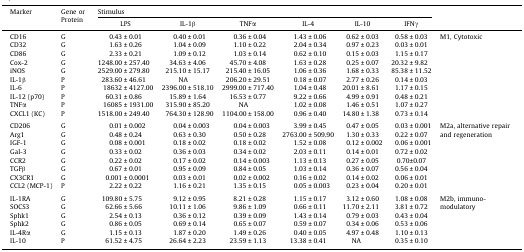
<table><thead><tr><td rowspan="2"><b>Marker</b></td><td rowspan="2"><b>Gene or Protein</b></td><td colspan="6"><b>Stimulus</b></td><td rowspan="2"></td></tr><tr><td><b>LPS</b></td><td><b>IL-1β</b></td><td><b>TNFα</b></td><td><b>IL-4</b></td><td><b>IL-10</b></td><td><b>IFNγ</b></td></tr></thead><tbody><tr><td>CD16</td><td>G</td><td>0.43 ± 0.01</td><td>0.40 ± 0.01</td><td>0.36 ± 0.04</td><td>1.43 ± 0.06</td><td>0.62 ± 0.03</td><td>0.58 ± 0.03</td><td rowspan="10">M1, Cytotoxic</td></tr><tr><td>CD32</td><td>G</td><td>1.63 ± 0.26</td><td>1.04 ± 0.09</td><td>1.10 ± 0.22</td><td>2.04 ± 0.34</td><td>0.97 ± 0.23</td><td>0.03 ± 0.01</td></tr><tr><td>CD86</td><td>G</td><td>2.33 ± 0.21</td><td>1.09 ± 0.12</td><td>1.03 ± 0.14</td><td>0.62 ± 0.10</td><td>0.15 ± 0.03</td><td>1.15 ± 0.17</td></tr><tr><td>Cox-2</td><td>G</td><td>1248.00 ± 257.40</td><td>34.63 ± 4.06</td><td>45.70 ± 4.08</td><td>1.63 ± 0.28</td><td>0.25 ± 0.07</td><td>20.32 ± 9.82</td></tr><tr><td>iNOS</td><td>G</td><td>2529.00 ± 279.80</td><td>215.10 ± 15.17</td><td>215.40 ± 16.05</td><td>1.06 ± 0.36</td><td>1.68 ± 0.33</td><td>85.38 ± 11.52</td></tr><tr><td>IL-1β</td><td>P</td><td>283.60 ± 46.61</td><td>NA</td><td>206.20 ± 29.51</td><td>0.18 ± 0.07</td><td>2.77 ± 0.26</td><td>0.14 ± 0.03</td></tr><tr><td>IL-6</td><td>P</td><td>18632 ± 4127.00</td><td>2396.00 ± 518.10</td><td>2999.00 ± 717.40</td><td>1.04 ± 0.48</td><td>20.01 ± 8.61</td><td>1.17 ± 0.15</td></tr><tr><td>IL-12 (p70)</td><td>P</td><td>60.31 ± 0.86</td><td>15.89 ± 1.64</td><td>16.53 ± 0.77</td><td>9.22 ± 0.66</td><td>4.99 ± 0.91</td><td>0.48 ± 0.21</td></tr><tr><td>TNFα</td><td>P</td><td>16085 ± 1931.00</td><td>315.90 ± 85.20</td><td>NA</td><td>1.02 ± 0.08</td><td>1.46 ± 0.51</td><td>1.07 ± 0.27</td></tr><tr><td>CXCL1 (KC)</td><td>P</td><td>1518.00 ± 249.40</td><td>764.30 ± 128.90</td><td>1104.00 ± 158.00</td><td>0.96 ± 0.40</td><td>14.80 ± 1.38</td><td>0.73 ± 0.14</td></tr><tr><td colspan="9">  </td></tr><tr><td>CD206</td><td>G</td><td>0.01 ± 0.002</td><td>0.04 ± 0.003</td><td>0.04 ± 0.003</td><td>3.99 ± 0.45</td><td>0.47 ± 0.05</td><td>0.03 ± 0.001</td><td rowspan="8">M2a, alternative repair and regeneration</td></tr><tr><td>Arg1</td><td>G</td><td>0.48 ± 0.24</td><td>0.63 ± 0.30</td><td>0.50 ± 0.28</td><td>2763.00 ± 509.90</td><td>1.30 ± 0.33</td><td>0.22 ± 0.07</td></tr><tr><td>IGF-1</td><td>G</td><td>0.08 ± 0.001</td><td>0.18 ± 0.02</td><td>0.18 ± 0.02</td><td>1.52 ± 0.08</td><td>0.12 ± 0.002</td><td>0.06 ± 0.001</td></tr><tr><td>Gal-3</td><td>G</td><td>0.33 ± 0.02</td><td>0.36 ± 0.03</td><td>0.34 ± 0.02</td><td>2.03 ± 0.11</td><td>0.14 ± 0.01</td><td>0.72 ± 0.02</td></tr><tr><td>CCR2</td><td>G</td><td>0.22 ± 0.02</td><td>0.17 ± 0.02</td><td>0.14 ± 0.003</td><td>1.13 ± 0.13</td><td>0.27 ± 0.05</td><td>0.70±0.07</td></tr><tr><td>TGFβ</td><td>G</td><td>0.67 ± 0.01</td><td>0.95 ± 0.09</td><td>0.84 ± 0.05</td><td>1.03 ± 0.14</td><td>0.36 ± 0.07</td><td>0.56 ± 0.04</td></tr><tr><td>CX3CR1</td><td>G</td><td>0.001 ± 0.0001</td><td>0.03 ± 0.01</td><td>0.02 ± 0.002</td><td>0.16 ± 0.02</td><td>0.14 ± 0.02</td><td>0.06 ± 0.01</td></tr><tr><td>CCL2 (MCP-1)</td><td>P</td><td>2.22 ± 0.22</td><td>1.16 ± 0.21</td><td>1.35 ± 0.15</td><td>0.05 ± 0.003</td><td>0.23 ± 0.04</td><td>0.20 ± 0.01</td></tr><tr><td colspan="9">  </td></tr><tr><td>IL-1RA</td><td>G</td><td>109.80 ± 5.75</td><td>9.12 ± 0.95</td><td>8.21 ± 0.28</td><td>1.15 ± 0.17</td><td>3.12 ± 0.60</td><td>1.08 ± 0.08</td><td rowspan="6">M2b, immuno-modulatory</td></tr><tr><td>SOCS3</td><td>G</td><td>62.66 ± 5.66</td><td>10.11 ± 1.06</td><td>9.86 ± 1.09</td><td>0.66 ± 0.11</td><td>11.70 ± 2.11</td><td>3.81 ± 0.72</td></tr><tr><td>Sphk1</td><td>G</td><td>2.54 ± 0.13</td><td>0.36 ± 0.12</td><td>0.39 ± 0.09</td><td>1.43 ± 0.14</td><td>0.79 ± 0.03</td><td>0.43 ± 0.04</td></tr><tr><td>Sphk2</td><td>G</td><td>0.86 ± 0.05</td><td>0.69 ± 0.14</td><td>0.65 ± 0.07</td><td>0.59 ± 0.07</td><td>0.34 ± 0.06</td><td>0.53 ± 0.06</td></tr><tr><td>IL-4Rα</td><td>G</td><td>1.15 ± 0.13</td><td>1.87 ± 0.20</td><td>1.49 ± 0.26</td><td>0.40 ± 0.05</td><td>4.97 ± 0.48</td><td>1.10 ± 0.13</td></tr><tr><td>IL-10</td><td>P</td><td>61.52 ± 4.75</td><td>26.64 ± 2.23</td><td>23.59 ± 1.13</td><td>13.38 ± 0.41</td><td>NA</td><td>0.35 ± 0.10</td></tr></tbody></table>